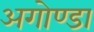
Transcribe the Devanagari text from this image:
अगोण्डा